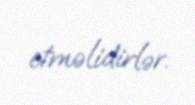
etməlidirlər.